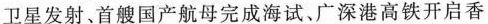
卫星发射、首艘国产航母完成海试、广深港高铁开启香